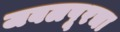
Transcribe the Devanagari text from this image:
जबलपूरचा